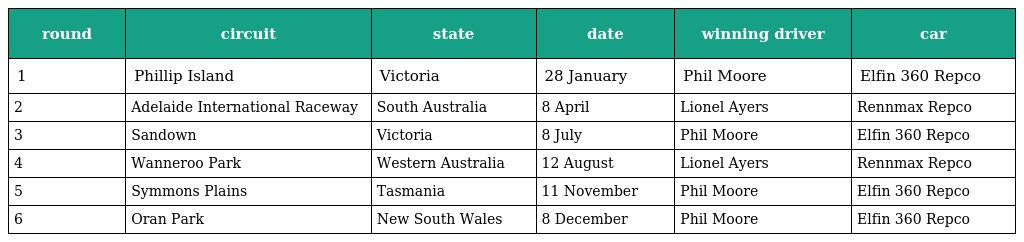
| round | circuit | state | date | winning driver | car |
 | --- | --- | --- | --- | --- | --- |
 | 1 | Phillip Island | Victoria | 28 January | Phil Moore | Elfin 360 Repco |
 | 2 | Adelaide International Raceway | South Australia | 8 April | Lionel Ayers | Rennmax Repco |
 | 3 | Sandown | Victoria | 8 July | Phil Moore | Elfin 360 Repco |
 | 4 | Wanneroo Park | Western Australia | 12 August | Lionel Ayers | Rennmax Repco |
 | 5 | Symmons Plains | Tasmania | 11 November | Phil Moore | Elfin 360 Repco |
 | 6 | Oran Park | New South Wales | 8 December | Phil Moore | Elfin 360 Repco |